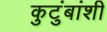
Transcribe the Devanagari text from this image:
कुटुंबांशी